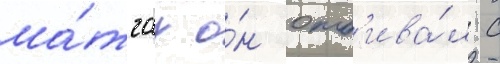
ма́тчах о́н отб'ива́л с